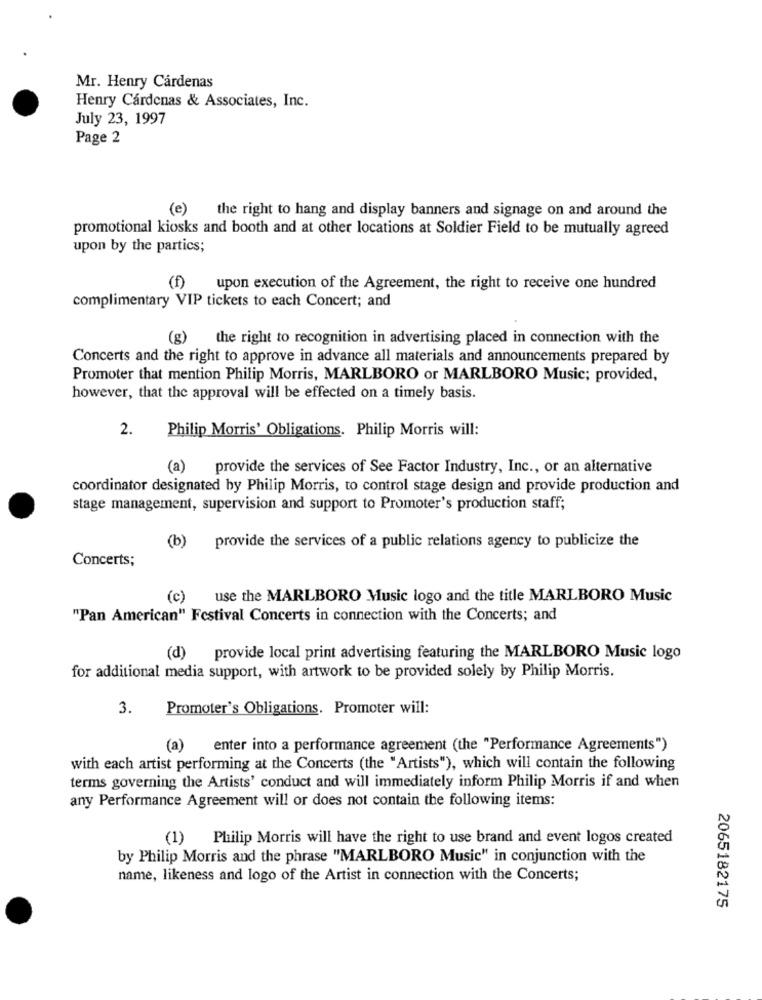
Mr. Henry Cárdenas
Henry Cárdenas & Associates, Inc.
July 23, 1997
Page 2
(e) the right to hang and display banners and signage on and around the
promotional kiosks and booth and at other locations at Soldier Field to be mutually agreed
upon by the partics;
(f) upon execution of the Agreement, the right to receive one hundred
complimentary VIP tickets to each Concert; and
(g)
the right to recognition in advertising placed in connection with the
Concerts and the right to approve in advance all materials and announcements prepared by
Promoter that mention Philip Morris, MARLBORO or MARLBORO Music; provided,
however, that the approval will be effected on a timely basis.
2.
Philip Morris' Obligations. Philip Morris will:
(a) provide the services of See Factor Industry, Inc ., or an alternative
coordinator designated by Philip Morris, to control stage design and provide production and
stage management, supervision and support to Promoter's production staff;
(b) provide the services of a public relations agency to publicize the
Concerts;
(c) use the MARLBORO Music logo and the title MARLBORO Music
"Pan American" Festival Concerts in connection with the Concerts; and
(d) provide local print advertising featuring the MARLBORO Music logo
for additional media support, with artwork to be provided solely by Philip Morris.
3.
Promoter's Obligations. Promoter will:
(a)
enter into a performance agreement (the "Performance Agreements")
with each artist performing at the Concerts (the "Artists"), which will contain the following
terms governing the Artists' conduct and will immediately inform Philip Morris if and when
any Performance Agreement will or does not contain the following items:
(1)
Philip Morris will have the right to use brand and event logos created
by Philip Morris and the phrase "MARLBORO Music" in conjunction with the
name, likeness and logo of the Artist in connection with the Concerts;
2065182175